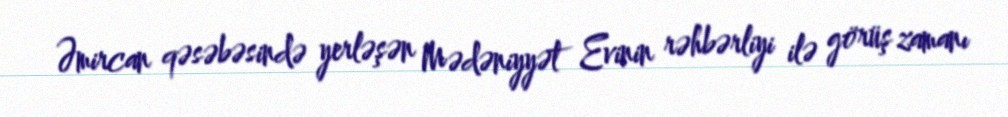
Əmircan qəsəbəsində yerləşən Mədəniyyət Evinin rəhbərliyi ilə görüş zamanı